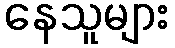
နေသူများ